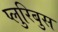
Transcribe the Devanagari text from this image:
प्लुरिबुस